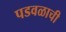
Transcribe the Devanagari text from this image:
पडवळाची